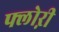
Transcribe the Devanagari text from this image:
फ्लोऱी